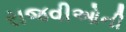
રાજવીઓની